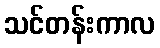
သင်တန်းကာလ